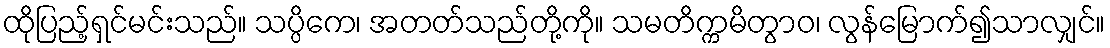
ထိုပြည့်ရှင်မင်းသည်။ သပ္ပိကေ၊ အတတ်သည်တို့ကို။ သမတိက္ကမိတွာဝ၊ လွန်မြောက်၍သာလျှင်။